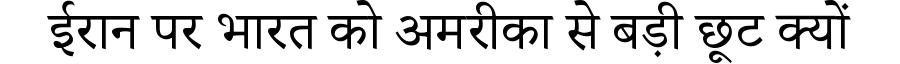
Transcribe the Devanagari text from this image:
ईरान पर भारत को अमरीका से बड़ी छूट क्यों